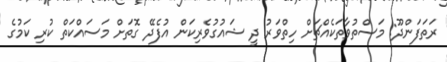
ރަތަފަންދޫ: މަސްތުވާތަކެއްޗަށް ހިތްވަރު ދީ ޝައުގުވެރިކަން އުފެދޭ ގޮތަށް މަސައްކަތް ކުރި ކަމުގެ